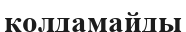
қолдамайды